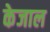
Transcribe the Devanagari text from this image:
केजाल